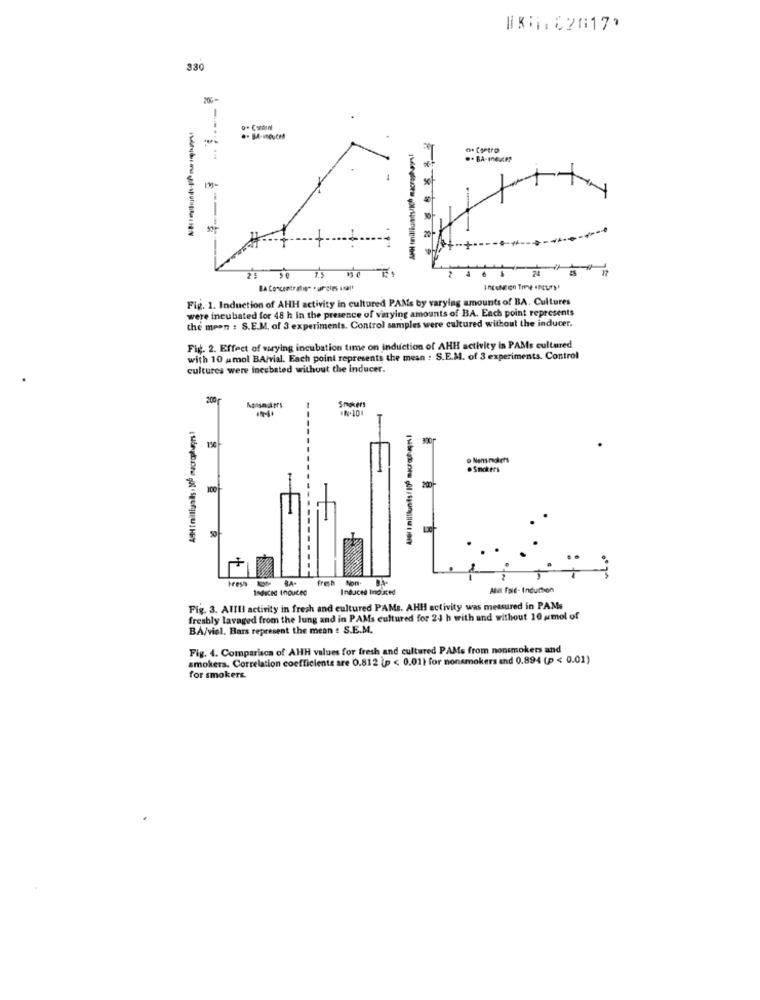
[KG. 82G17,
330
Fig. 1. Induction of AHH activity in cultured PAMs by varying amounts of BA. Cultures
were incubated for 48 h in the presence of vinying amounts of BA. Each point represents
the moon : S.E.M. of 3 experiments. Control samples were cultured without the inducer.
Fig. 2. Effect of warying incubation time on induction of AHH activity in PAMs cultured
with 10 umol BA/vial. Each point represents the mean : S.E.M. of 3 experiments. Control
cultures were incubated without the inducer.
200
Smokers
AH tmilliunis . 30b macrophages 1
AJer I milllunts : 100 muchugns!
150
.Smokers
200-
100
BA- fresh Non. BA-
Indice Induced
Induced Induced
AN fald- Induction
Fig. 3. AlIli activity in fresh and cultured PAMs. AHH activity was measured in PAMs
freshly tavaged from the lung and in PAMs cultured for 21 h with and without 10 amol of
BA/viel. Bars represent the mean : S.E.M.
Fig. 4. Comparison of AHH values for fresh and cultured PAMs from nonsmokers and
smokers. Correlation coefficients are 0.812 (p < 0.01) for nonsmokers and 0.894 (p < 0.01)
for smokers.